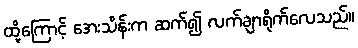
ထို့ကြောင့် အေးသိန်းက ဆက်၍ လက်ချာရိုက်လေသည်။